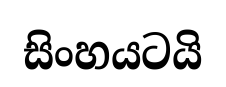
සිංහයටයි